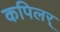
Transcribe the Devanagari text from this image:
कपिलर्